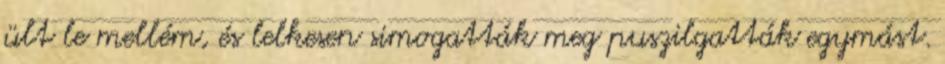
ült le mellém, és lelkesen simogatták meg puszilgatták egymást.